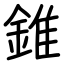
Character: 錐